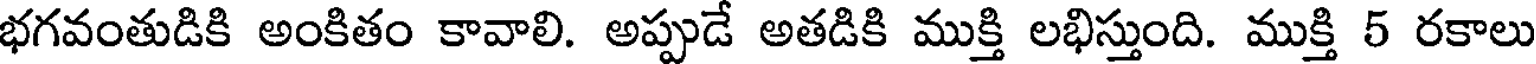
భగవంతుడికి అంకితం కావాలి. అప్పుడే అతడికి ముక్తి లభిస్తుంది. ముక్తి 5 రకాలు